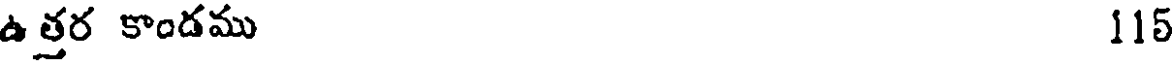
ఉత్తర కాండము 115